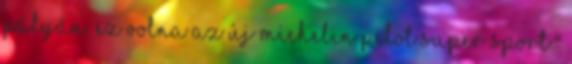
pályán. Ez volna az új Michelin Pilot Super Sport."